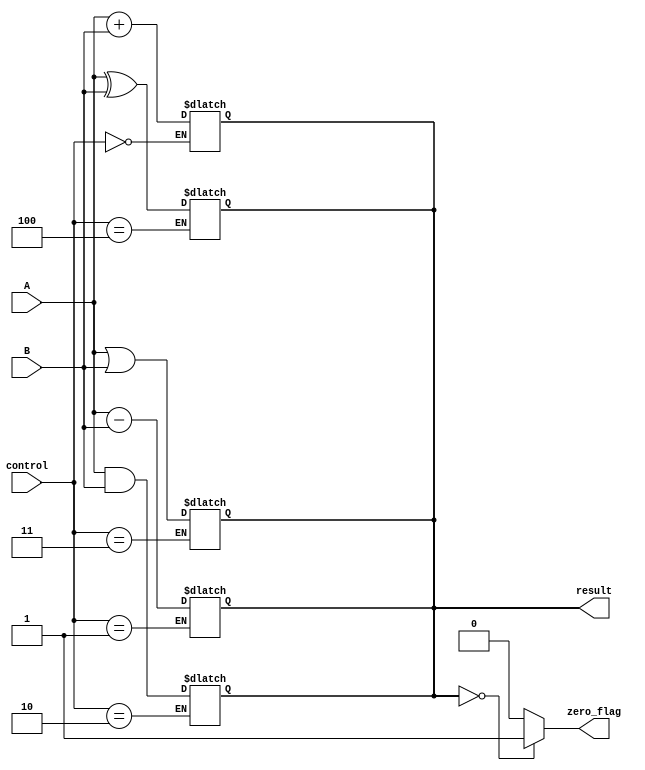
module ALU(input [7:0] A, B,
           input [2:0] control,
           output reg [7:0] result,
           output reg zero_flag);

   // Addition operation
   always @*
   begin
       if(control == 3'b000)
           result = A + B;
   end

   // Subtraction operation
   always @*
   begin
       if(control == 3'b001)
           result = A - B;
   end

   // Bitwise AND operation
   always @*
   begin
       if(control == 3'b010)
           result = A & B;
   end

   // Bitwise OR operation
   always @*
   begin
       if(control == 3'b011)
           result = A | B;
   end

   // Bitwise XOR operation
   always @*
   begin
       if(control == 3'b100)
           result = A ^ B;
   end

   // Check if result is zero
   always @*
   begin
       if(result == 0)
           zero_flag = 1;
       else
           zero_flag = 0;
   end

endmodule